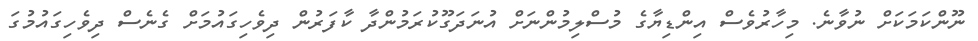
ނޫންކަމަކަށް ނުވާނެ. މިހާރުވެސް އިންޑިޔާގެ މުސްލިމުންނަށް އުނަދަގޫކުރަމުންދާ ކާފަރުން ދިވެހިގައުމަށް ގެނެސް ދިވެހިގައުމުގަ